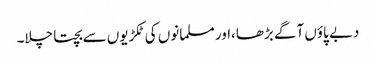
دبے پاؤں آگے بڑھا،اور مسلمانوں کی ٹکڑیوں سے بچتا چلا۔